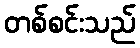
တစ်စင်းသည်